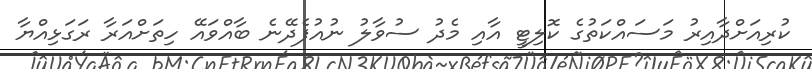
ކުރިއަށްދާއިރު މަސައްކަތުގެ ކޮލިޓީ އާއި މެދު ސުވާލު ނުއުފެދޭނެ ބާއްވައޭ ހިތަށްއަރާ ރަގަޅިއްޔާ